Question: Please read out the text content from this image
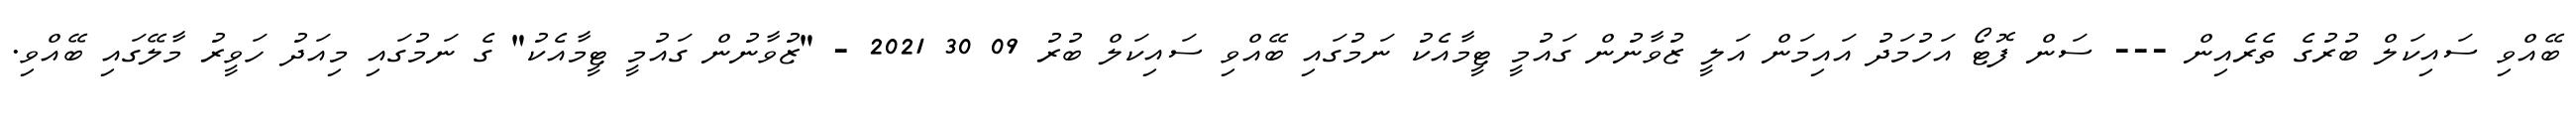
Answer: ބޭއްވި ސައިކަލް ބުރުގެ ތެރެއިން --- ސަން ފޮޓޯ އަހުމަދު އައިމަން އަލީ ޒުވާނުން ގައުމީ ޓީމާއެކު ނަމުގައި ބޭއްވި ސައިކަލް ބުރު 09 30 2021 - "ޒުވާނުން ގައުމީ ޓީމާއެކު" ގެ ނަމުގައި މިއަދު ހަވީރު މާލޭގައި ބޭއްވި.